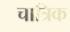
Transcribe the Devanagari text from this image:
चात्रिक